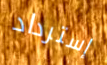
إسترداد